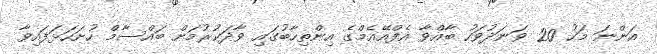
އަންނަ މަހު 20 ވަނަދުވަހު ބާއްވާ އެފްއޭއެމްގެ އިންތިހާބުގައި ވާދަކުރުމަށް ބައްސާމް ހުށަހަޅަފައިވާ